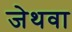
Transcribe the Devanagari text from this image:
जेथवा